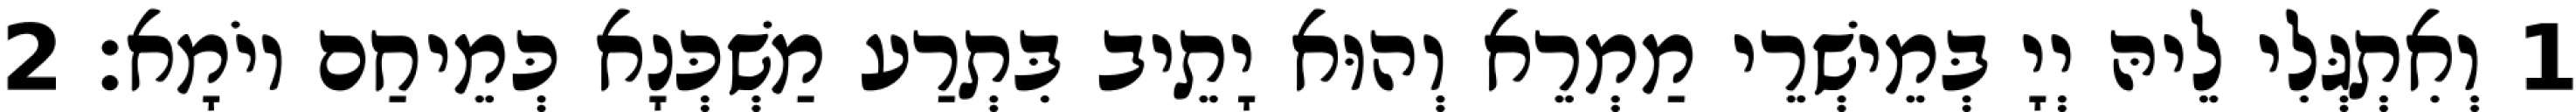
1 וְאִתְגְּלִי לֵיהּ יְיָ בְּמֵישְׁרֵי מַמְרֵא וְהוּא יָתֵיב בִּתְרַע מַשְׁכְּנָא כְּמֵיחַם יוֹמָא׃ 2